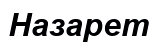
Назарет